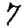
Digit: 7